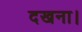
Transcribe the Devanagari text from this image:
दखना।